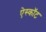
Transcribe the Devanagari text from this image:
ऐस्कॉट